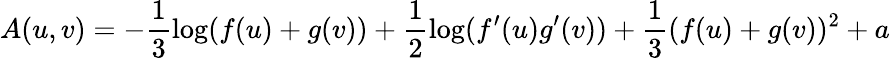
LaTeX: A(u,v)=-\frac{1}{3}\log(f(u)+g(v))+\frac{1}{2}\log(f^{\prime}(u)g^{\prime}(v))+\frac{1}{3}(f(u)+g(v))^{2}+a